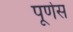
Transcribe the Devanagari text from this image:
पूर्णेस